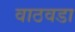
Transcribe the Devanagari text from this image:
वाठवडा